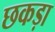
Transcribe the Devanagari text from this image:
छकड़ा